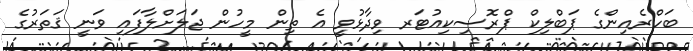
ބަހްރެއިންގެ ޕަބްލިކް ޕްރޮސިކިއުޓަރ ވިދާޅުވީ އެ ތިން މީހުން ޖަލަށްލާފައި ވަނީ ޤަތަރުގެ